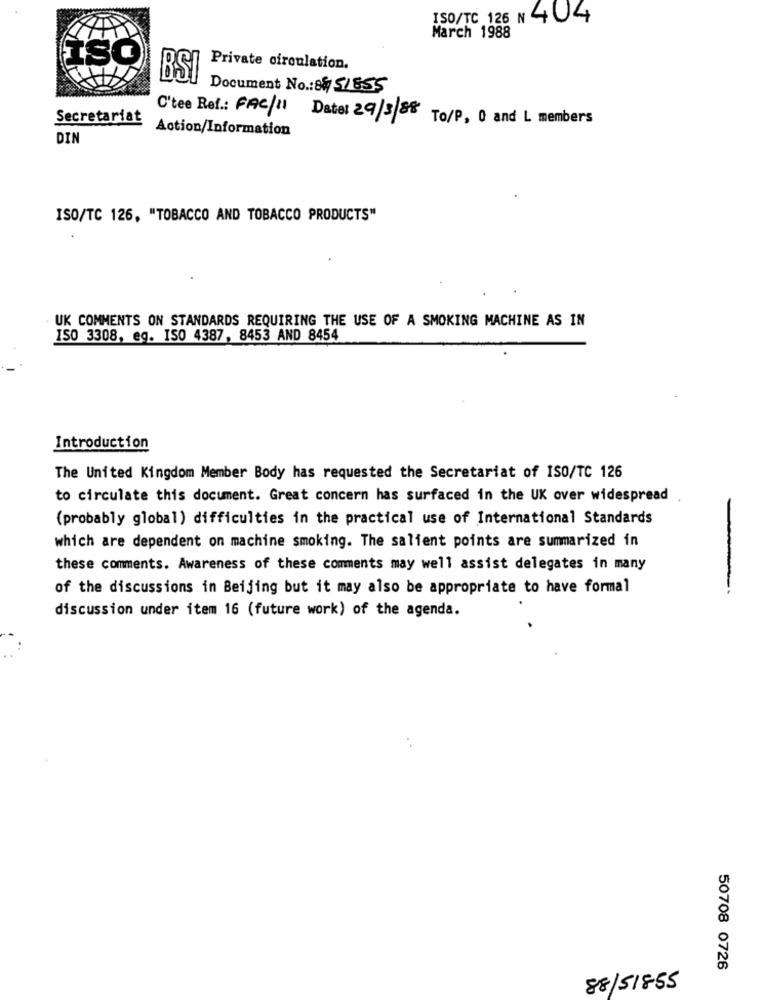
ISO/TC 126 N 404
March 1988
ISO
Private circulation.
BSI
Document No .: 8851855
Secretariat
C'tee Ref .: FAC/11 Datos 29/3/88
To/P, 0 and L members
Action/Information
DIN
ISO/TC 126, "TOBACCO AND TOBACCO PRODUCTS"
UK COMMENTS ON STANDARDS REQUIRING THE USE OF A SMOKING MACHINE AS IN
ISO 3308, eg. ISO 4387, 8453 AND 8454
Introduction
The United Kingdom Member Body has requested the Secretariat of ISO/TC 126
to circulate this document. Great concern has surfaced in the UK over widespread
(probably global) difficulties in the practical use of International Standards
which are dependent on machine smoking. The salient points are summarized in
these comments. Awareness of these comments may well assist delegates in many
of the discussions in Beijing but it may also be appropriate to have formal
discussion under item 16 (future work) of the agenda.
50708 0726
88/518-55